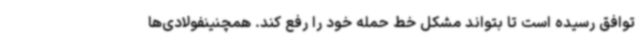
توافق رسیده است تا بتواند مشکل خط حمله خود را رفع کند. همچنینفولادی‌ها